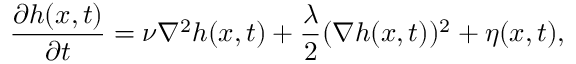
\frac { \partial h ( x , t ) } { \partial t } = \nu \nabla ^ { 2 } h ( x , t ) + \frac { \lambda } { 2 } ( \nabla h ( x , t ) ) ^ { 2 } + \eta ( x , t ) ,